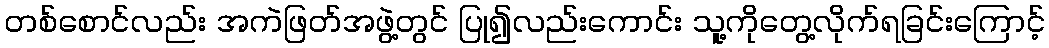
တစ်စောင်လည်း အကဲဖြတ်အဖွဲ့တွင် ပြု၍လည်းကောင်း သူ့ကိုတွေ့လိုက်ရခြင်းကြောင့်